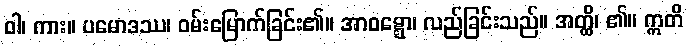
ဝါ၊ ကား။ ပမောဒဿ၊ ဝမ်းမြောက်ခြင်း၏။ အာဝဋ္ဋော၊ လည်ခြင်းသည်။ အတ္ထိ၊ ၏။ ဣတိ